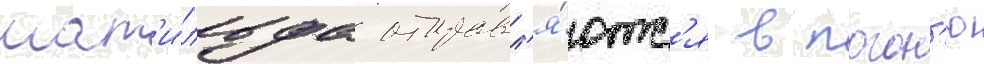
мат'и́льда отправл'я́ютс'я в погон'ю